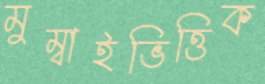
মুম্বাইভিত্তিক